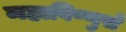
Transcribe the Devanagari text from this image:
महाविष्णुसे